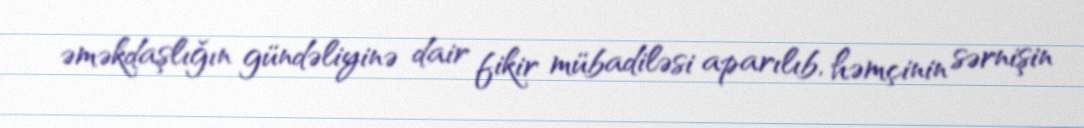
əməkdaşlığın gündəliyinə dair fikir mübadiləsi aparılıb, həmçinin sərnişin